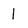
Character: I